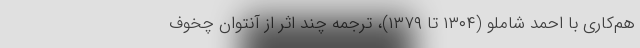
هم‌کاری با احمد شاملو (۱۳۰۴ تا ۱۳۷۹)، ترجمه‌ چند اثر از آنتوان چخوف